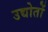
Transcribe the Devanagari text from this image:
उद्योतों